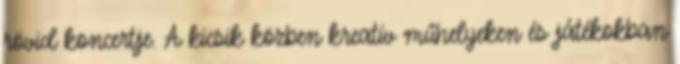
rövid koncertje. A kicsik közben kreatív műhelyeken és játékokban